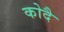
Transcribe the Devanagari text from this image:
कोदै